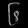
Digit: ၆